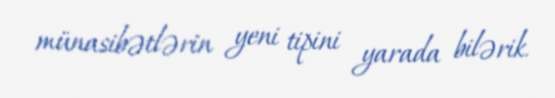
münasibətlərin yeni tipini yarada bilərik.